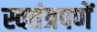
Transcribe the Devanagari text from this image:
स्वतंत्रपणें